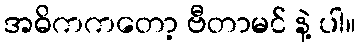
အဓိကကတော့ ဗီတာမင် နဲ့ ပါ။